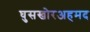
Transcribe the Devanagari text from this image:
घुसखोरअहमद